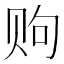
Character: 𫎧